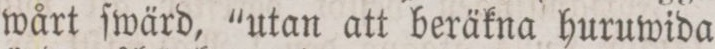
wårt ſwärd, “utan att beräkna huruwida